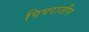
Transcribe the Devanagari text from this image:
पिपराजीन